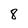
Character: 8